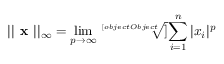
| | { \textbf { x } } | | _ { \infty } = \operatorname* { l i m } _ { p \to \infty } { \sqrt [ [object Object] ] { \sum _ { i = 1 } ^ { n } | x _ { i } | ^ { p } } }